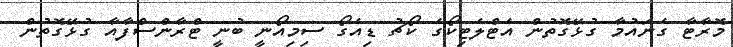
މޮރާޓާ ގެނައުމާ ގުޅޭގޮތުން އެޓްލެޓިކޯގެ ކޯޗު ޑިއެގޯ ސިމިއޯނީ ބުނީ ޓްރާންސްފާއާ ގުޅޭގޮތުން